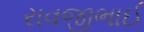
રાવજીભાઈ